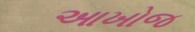
આખોજ